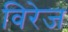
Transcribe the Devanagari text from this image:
विरेज